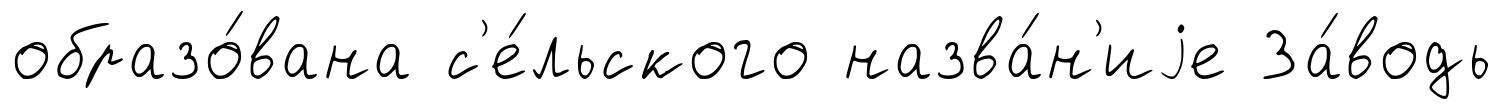
образо́вана с'е́льского назва́н'иjе За́водь